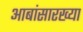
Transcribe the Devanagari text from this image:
आबांसारख्या